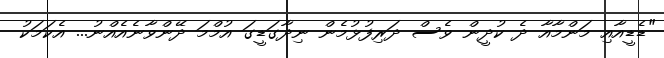
"ޑެޑީއާއި މަންމާއާ ދެ ކުދީން ވެސް ދަރިފުޅުމެން ނިދާގަޑީގަ އުމްމަ ދޭންވާނެއެއްނު... އެކަމަކު